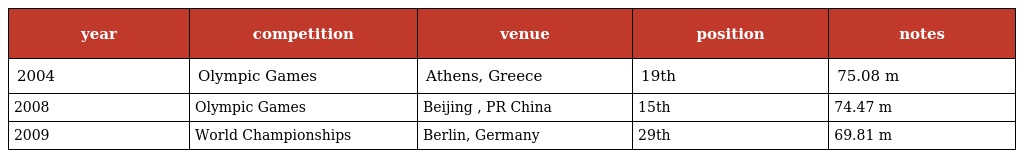
| year | competition | venue | position | notes |
 | --- | --- | --- | --- | --- |
 | 2004 | Olympic Games | Athens, Greece | 19th | 75.08 m |
 | 2008 | Olympic Games | Beijing , PR China | 15th | 74.47 m |
 | 2009 | World Championships | Berlin, Germany | 29th | 69.81 m |